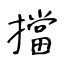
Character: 擋